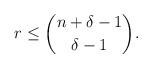
LaTeX: \begin{align*} r \le \binom{n+\delta-1}{\delta-1}. \end{align*}